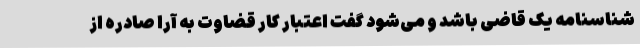
شناسنامه یک قاضی باشد و می‌شود گفت اعتبار کار قضاوت به آرا صادره از